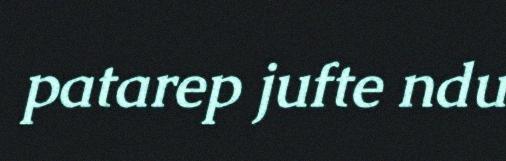
patarep jufte ndu